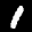
Label: 1